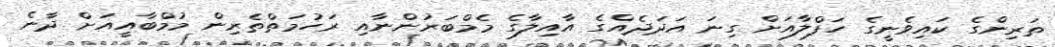
ތަރިންގެ ކައިވެނީގެ ހަފްލާއަށް ގިނަ އަދަދެއްގެ އާއިލާގެ މެމްބަރުންނާއި ރަހުމަތްތެރިން މުމްބާއީއަށް ދާނެ